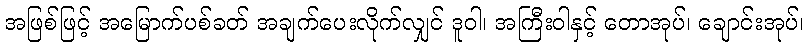
အဖြစ်ဖြင့် အမြောက်ပစ်ခတ် အချက်ပေးလိုက်လျှင် ဒူဝါ၊ အကြီးဝါနှင့် တောအုပ်၊ ချောင်းအုပ်၊